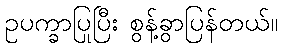
ဥပက္ခာပြုပြီး စွန့်ခွာပြန်တယ်။